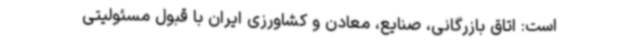
است: اتاق بازرگانی، صنایع، معادن و کشاورزی ایران با قبول مسئولیتی